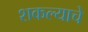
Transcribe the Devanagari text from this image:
शकल्याचे